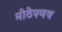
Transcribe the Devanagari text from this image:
मोठेपणच